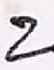
Text: 2